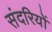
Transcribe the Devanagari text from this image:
संदरियों